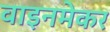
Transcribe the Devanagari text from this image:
वाइनमेकर